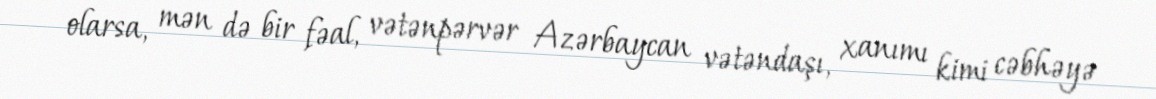
olarsa, mən də bir fəal, vətənpərvər Azərbaycan vətəndaşı, xanımı kimi cəbhəyə